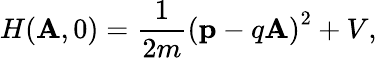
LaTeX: H({\mathbf A},0)=\frac{1}{2m}\left({\mathbf p}-q{\mathbf A}\right)^{2}+V,